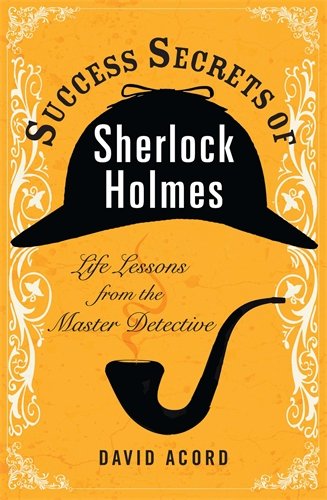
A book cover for Success Secrets of Sherlock Holmes: Life Lessons from the Master Detective; David Acord; Mystery, Thriller & Suspense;